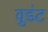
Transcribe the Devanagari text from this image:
वुडंट